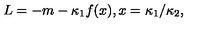
L = - m - \kappa _ { 1 } f ( x ) , x = \kappa _ { 1 } / \kappa _ { 2 } ,